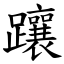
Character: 躟